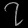
Digit: ၇